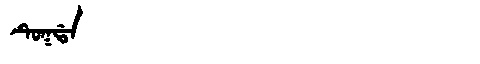
Manchu: ᡨᡠᡴᡩᠠ
Romanization: TUKDA